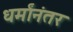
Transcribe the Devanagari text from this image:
धर्मांनंतर